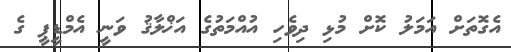
އެގޮތަށް އަމަލު ކޮށް މުޅި ދިވެހި އުއްމަތުގެ އަޚްލާޤު ވަނީ އެމްޑީޕީ ގެ